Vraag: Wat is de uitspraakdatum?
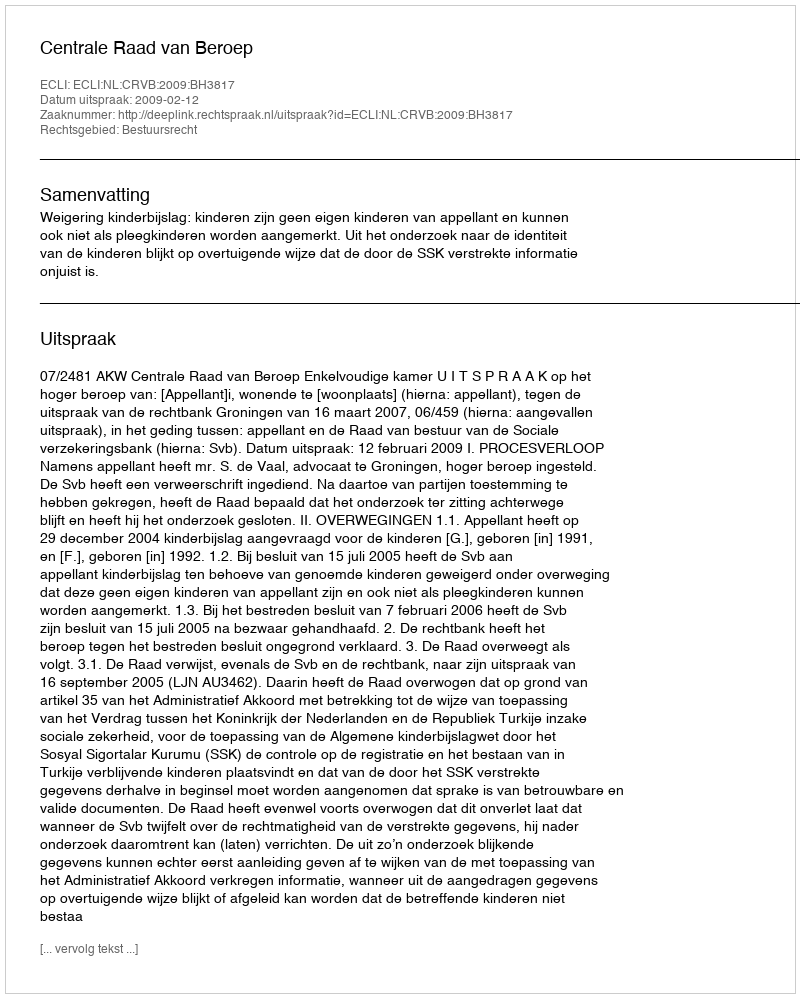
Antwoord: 2009-02-12